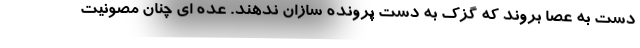
دست به عصا بروند که گزک به دست پرونده سازان ندهند. عده ای چنان مصونیت